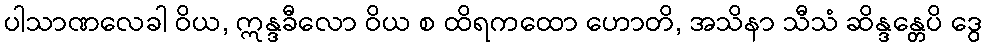
ပါသာဏလေခါ ဝိယ, ဣန္ဒခီလော ဝိယ စ ထိရကထော ဟောတိ, အသိနာ သီသံ ဆိန္ဒန္တေပိ ဒွေ